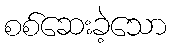
စစ်ဆေးခဲ့သော